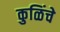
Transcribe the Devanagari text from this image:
कुळिंचे